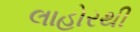
લાહોરથી